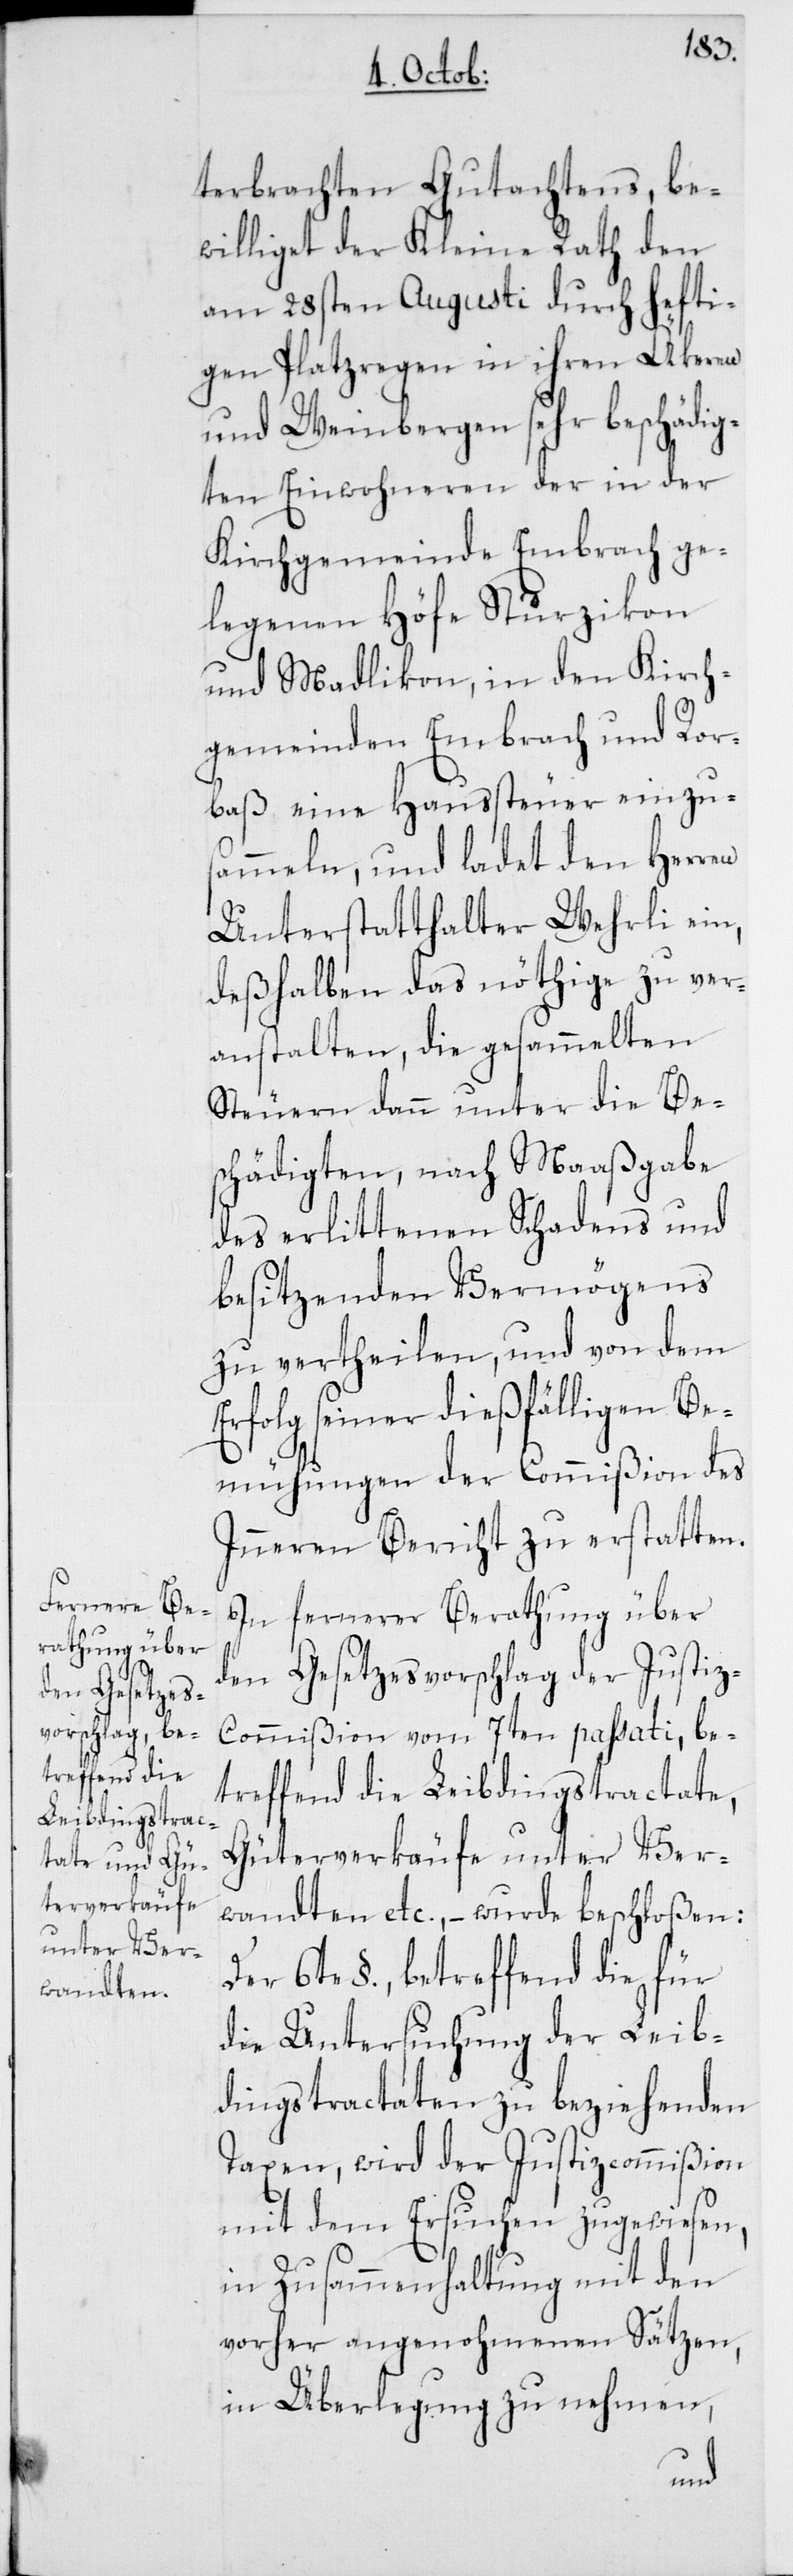
terbrachten Gutachtens, be¬
williget der Kleine Rath den
am 28sten Augusti durch hefti¬
gen Platzregen in ihren Äkeren
und Weinbergen sehr beschädig¬
ten Einwohneren der in der
Kirchgemeinde Embrach ge¬
legenen Höfe Sturzikon
und Madlikon, in den Kirch¬
gemeinden Embrach und Ror¬
baß eine Haussteuer einzus¬
ammeln, und ladet den Herren
Unterstatthalter Wehrli ein,
deßhalben das nöthige zu ver¬
anstalten, die gesammelten
Steuern dann unter die Be¬
schädigten, nach Maaßgabe
des erlittenen Schadens und
besitzenden Vermögens
zu vertheilen, und von dem
Erfolg seiner dießfälligen Be¬
mühungen der Commißion des
Inneren Bericht zu erstatten.
In fernerer Berathung über
den Gesetzesvorschlag der Justi¬
z-Commißion vom 7ten passati, be¬
treffend die Leibdingstractate,
Güterverkäufe unter Ver¬
wandten etc., – wurde beschloßen:
Der 6te §., betreffend die für
die Untersuchung der Leib¬
dingstractaten zu beziehenden
Taxen, wird der Justizcommißion
mit dem Ersuchen zugewiesen,
in Zusammenhaltung mit den
vorher angenohmenen Sätzen,
in Überlegung zu nehmen,